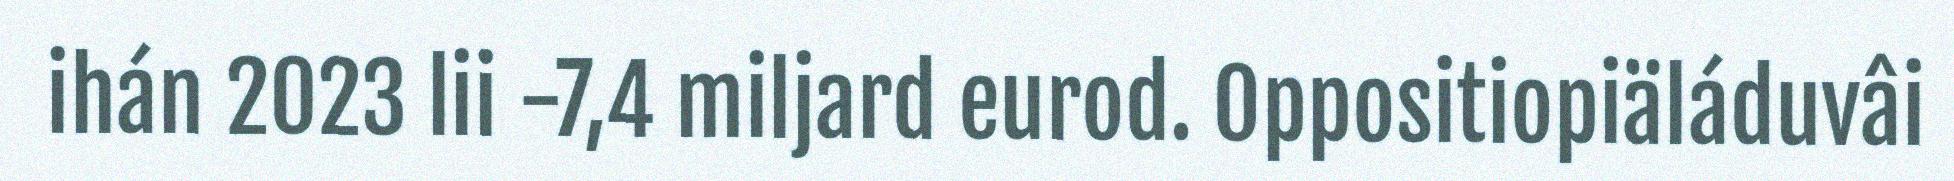
ihán 2023 lii -7,4 miljard eurod. Oppositiopiäláduvâi